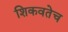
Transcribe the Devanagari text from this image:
शिकवतेच